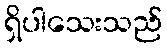
ရှိပါသေးသည်